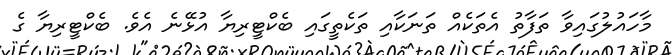
މާހައުލުގައިވާ ތަފާތު އެތަކެއް ތަނަކާއި ތަކެތީގައި ބެކްޓީރިޔާ އުޅޭނެ އެވެ. ބެކްޓީރިޔާ ގެ